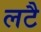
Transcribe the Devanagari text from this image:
लटै